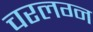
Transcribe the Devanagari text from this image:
चरलग्न